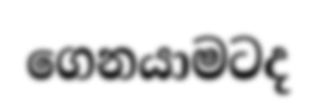
ගෙනයාමටද